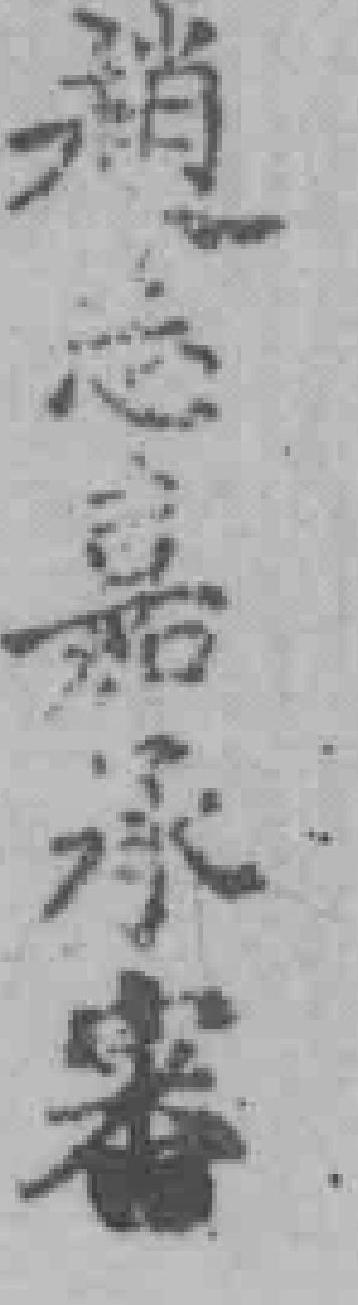
趙*嘉承審